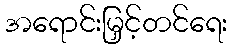
အရောင်းမြှင့်တင်ရေး